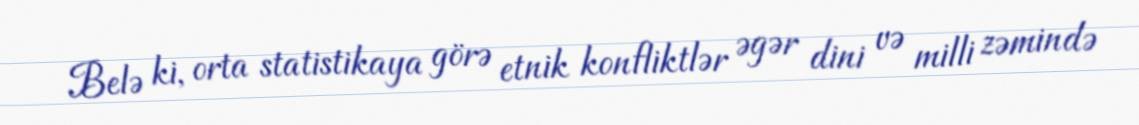
Belə ki, orta statistikaya görə etnik konfliktlər əgər dini və milli zəmində